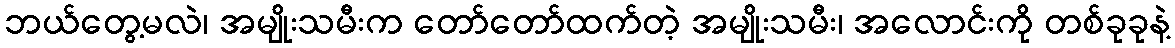
ဘယ်တွေ့မလဲ၊ အမျိုးသမီးက တော်တော်ထက်တဲ့ အမျိုးသမီး၊ အလောင်းကို တစ်ခုခုနဲ့